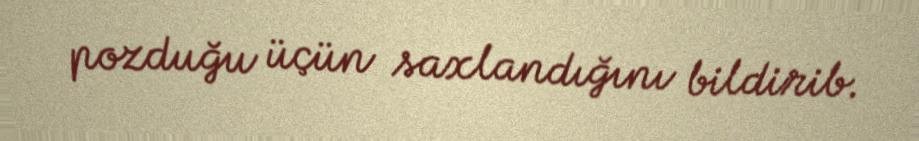
pozduğu üçün saxlandığını bildirib.